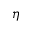
\eta